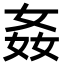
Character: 姦